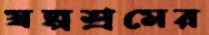
স্বল্পশ্রমের